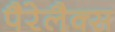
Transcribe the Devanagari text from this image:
पैरेलैक्स